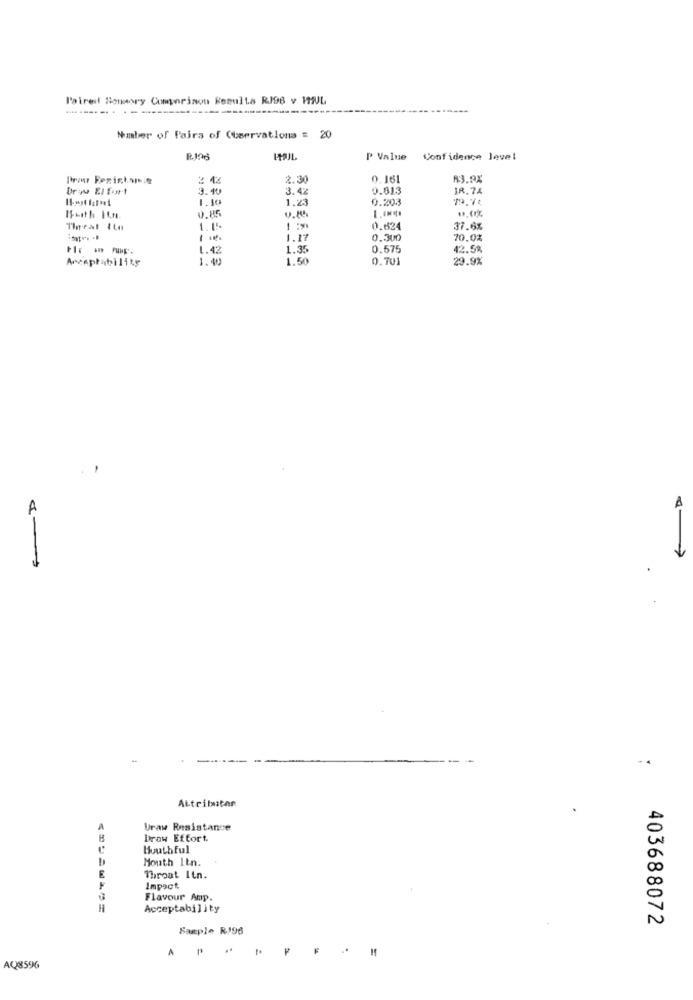
Pairest Sensory Comparison Resulta RJ98 v PHUL
-------- ----
Number of Paira of Observations = 20
R.198
P Value
Confidence level
2.30
0.16
83.9X
Drou El Fort
3.40
3.42
0.813
18.74
1.10
0.203
79.74
0.85
1.23
Ifeith It.n.
-
0.624
37.6%
1.17
0.300
70.0%
1.42
1.35
0.575
42.5%
1.40
1.50
0.701
29.9%
A
ALtributar
Uraw Resistance
B
Draw Effort
Mouthful
Mouth Itn.
E
Throat Itn.
Impact
Flavour Amp.
Acceptability
403688072
Sample RJ96
AP-
=
AQ8596